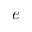
e